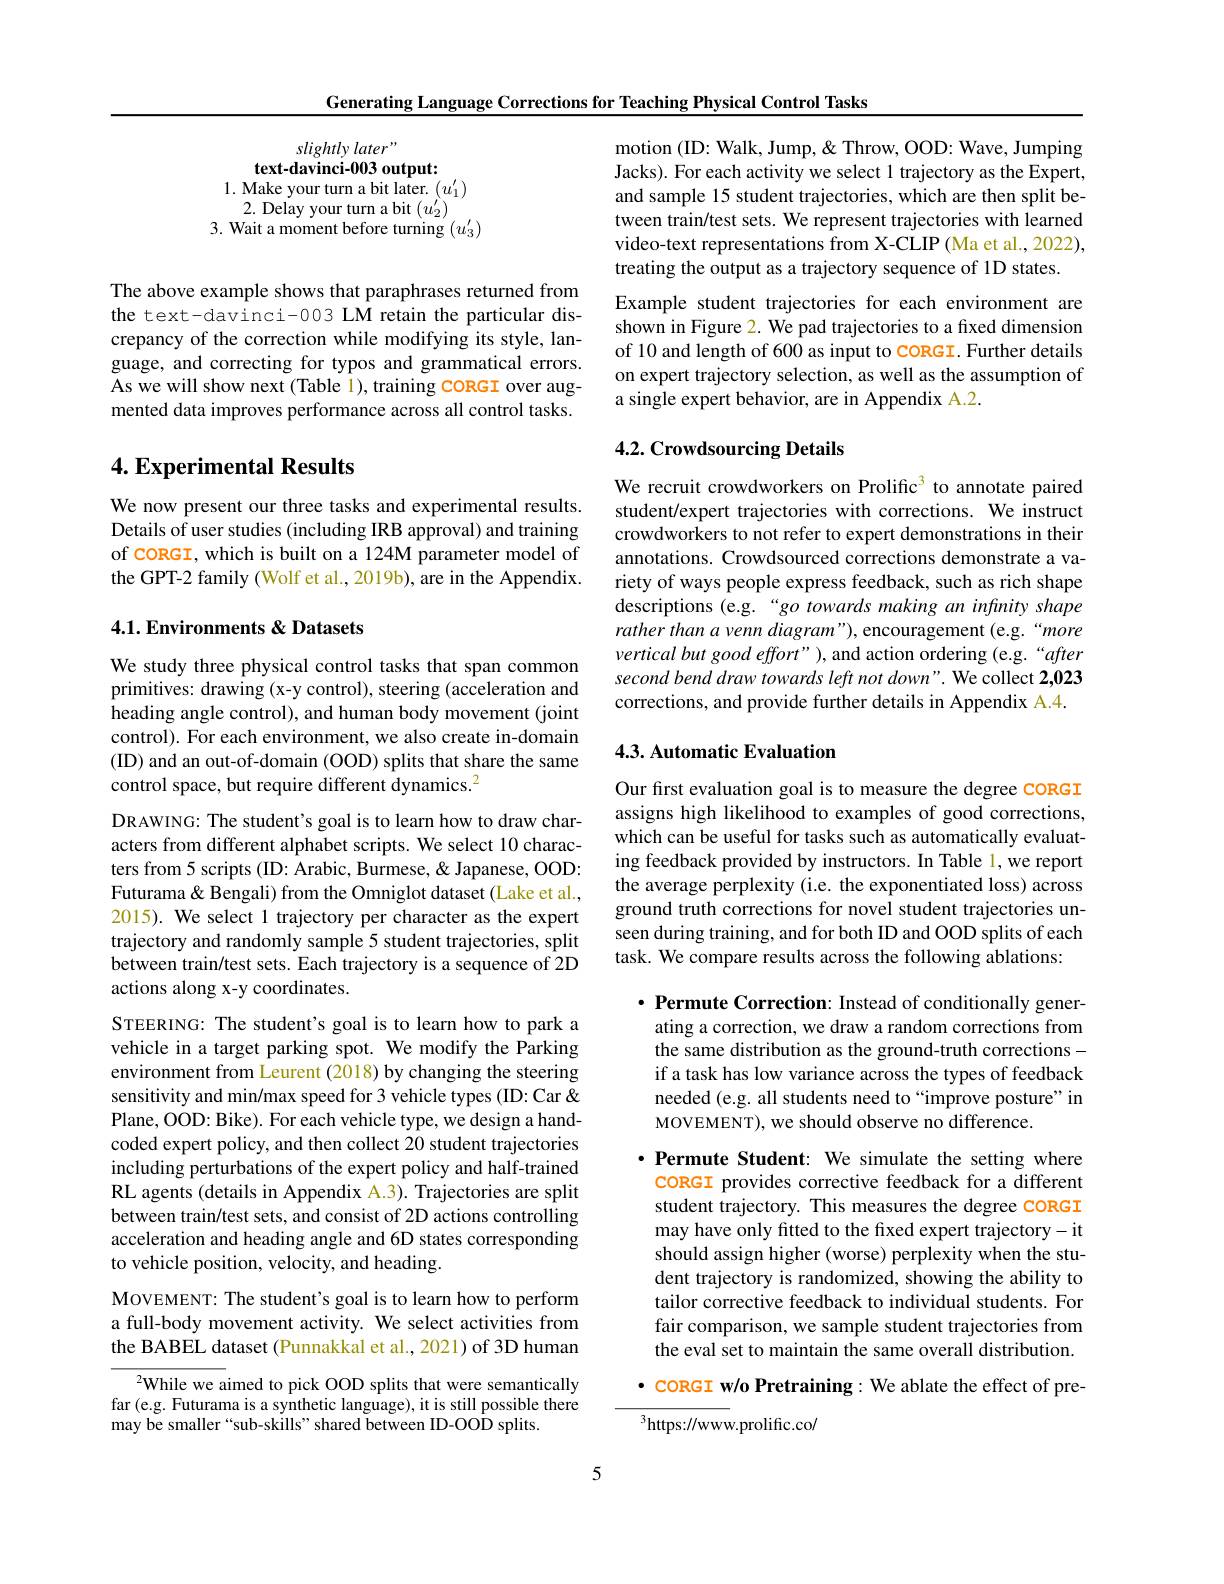
Generating Language Corrections for Teaching Physical Control Tasks

slightly later"
text-davinci-003 output:
1. Make your turn a bit later. $(u_1^{\prime})$ 2. Delay your turn a bit $(u_{2}^{\prime})$
3. Wait a moment before turning $(u_3^{\prime})$

The above example shows that paraphrases returned from the text-davinci-003 LM retain the particular discrepancy of the correction while modifying its style, language, and correcting for typos and grammatical errors. As we will show next (Table 1), training coRGI over augmented data improves performance across all control tasks.

## 4. Experimental Results

We now present our three tasks and experimental results. Details of user studies (including IRB approval) and training of CORGI, which is built on a 124M parameter model of the GPT-2 family (Wolf et al., 2019b), are in the Appendix.

## 4.1. Environments & Datasets

We study three physical control tasks that span common primitives: drawing (x-y control), steering (acceleration and heading angle control), and human body movement (joint control). For each environment, we also create in-domain (ID) and an out-of-domain (OOD) splits that share the same control space, but require different dynamics.$^2$

DRAWING: The student's goal is to learn how to draw characters from different alphabet scripts. We select 10 characters from 5 scripts (ID: Arabic, Burmese, & Japanese, OOD: Futurama & Bengali) from the Omniglot dataset (Lake et al., 2015). We select 1 trajectory per character as the expert trajectory and randomly sample 5 student trajectories, split between train/test sets. Each trajectory is a sequence of 2D actions along x-y coordinates.

STEERING: The student's goal is to learn how to park a vehicle in a target parking spot. We modify the Parking environment from Leurent (2018) by changing the steering sensitivity and min/max speed for 3 vehicle types (ID: Car & Plane, OOD: Bike). For each vehicle type, we design a handcoded expert policy, and then collect 20 student trajectories including perturbations of the expert policy and half-trained RL agents (details in Appendix A.3). Trajectories are split between train/test sets, and consist of 2D actions controlling acceleration and heading angle and 6D states corresponding to vehicle position, velocity, and heading.

MOVEMENT: The student's goal is to learn how to perform a full-body movement activity. We select activities from the BABEL dataset (Punnakkal et al., 2021) of 3D human

$^{2}$While we aimed to pick OOD splits that were semantically far (e.g. Futurama is a synthetic language), it is still possible there may be smaller“sub-skills”shared between ID-OOD splits.

motion (ID: Walk, Jump, & Throw, OOD: Wave, Jumping Jacks). For each activity we select 1 trajectory as the Expert, and sample 15 student trajectories, which are then split between train/test sets. We represent trajectories with learned video-text representations from X-CLIP (Ma et al., 2022), treating the output as a trajectory sequence of 1D states.
Example student trajectories for each environment are shown in Figure 2. We pad trajectories to a fixed dimension of 10 and length of 600 as input to CORGI. Further details on expert trajectory selection, as well as the assumption of a single expert behavior, are in Appendix A.2.

## 4.2. Crowdsourcing Details

We recruit crowdworkers on Prolific$^3$ to annotate paired student/expert trajectories with corrections. We instruct crowdworkers to not refer to expert demonstrations in their annotations. Crowdsourced corrections demonstrate a variety of ways people express feedback, such as rich shape descriptions (e.g.“go towards making an infinity shape rather than a venn diagram"), encouragement (e.g.“more vertical but good effort" ), and action ordering (e.g.“after second bend draw towards left not down". We collect 2,023 corrections, and provide further details in Appendix A.4.

## 4.3. Automatic Evaluation

Our fırst evaluation goal is to measure the degree CORGI assigns high likelihood to examples of good corrections, which can be useful for tasks such as automatically evaluating feedback provided by instructors. In Table 1,we report the average perplexity (i.e. the exponentiated loss) across ground truth corrections for novel student trajectories unseen during training, and for both ID and OOD splits of each task. We compare results across the following ablations:

$\cdot$ Permute Correction: Instead of conditionally gener-
ating a correction, we draw a random corrections from the same distribution as the ground-truth corrections - if a task has low variance across the types of feedback needed (e.g. all students need to “improve posture”in MOVEMENT), we should observe no difference.

$\cdot$ Permute Student: We simulate the setting where
CORGI provides corrective feedback for a different student trajectory. This measures the degree CORGI may have only fitted to the fixed expert trajectory- it should assign higher (worse) perplexity when the student trajectory is randomized, showing the ability to tailor corrective feedback to individual students. For fair comparison, we sample student trajectories from the eval set to maintain the same overall distribution.

· CORGI w/o Pretraining: We ablate the effect of pre-

$^3$https://www.prolific.co/

5